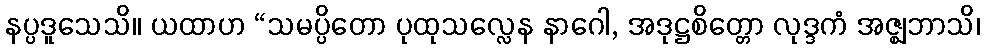
နပ္ပဒူသေသိ။ ယထာဟ “သမပ္ပိတော ပုထုသလ္လေန နာဂေါ, အဒုဋ္ဌစိတ္တော လုဒ္ဒကံ အဇ္ဈဘာသိ၊